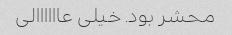
محشر بود. خیلی عاااااالی